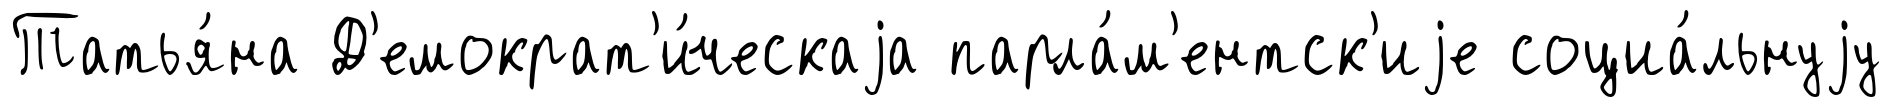
Татья́на Д'емократ'и́ческаjа парла́м'ентск'иjе социа́льнуjу